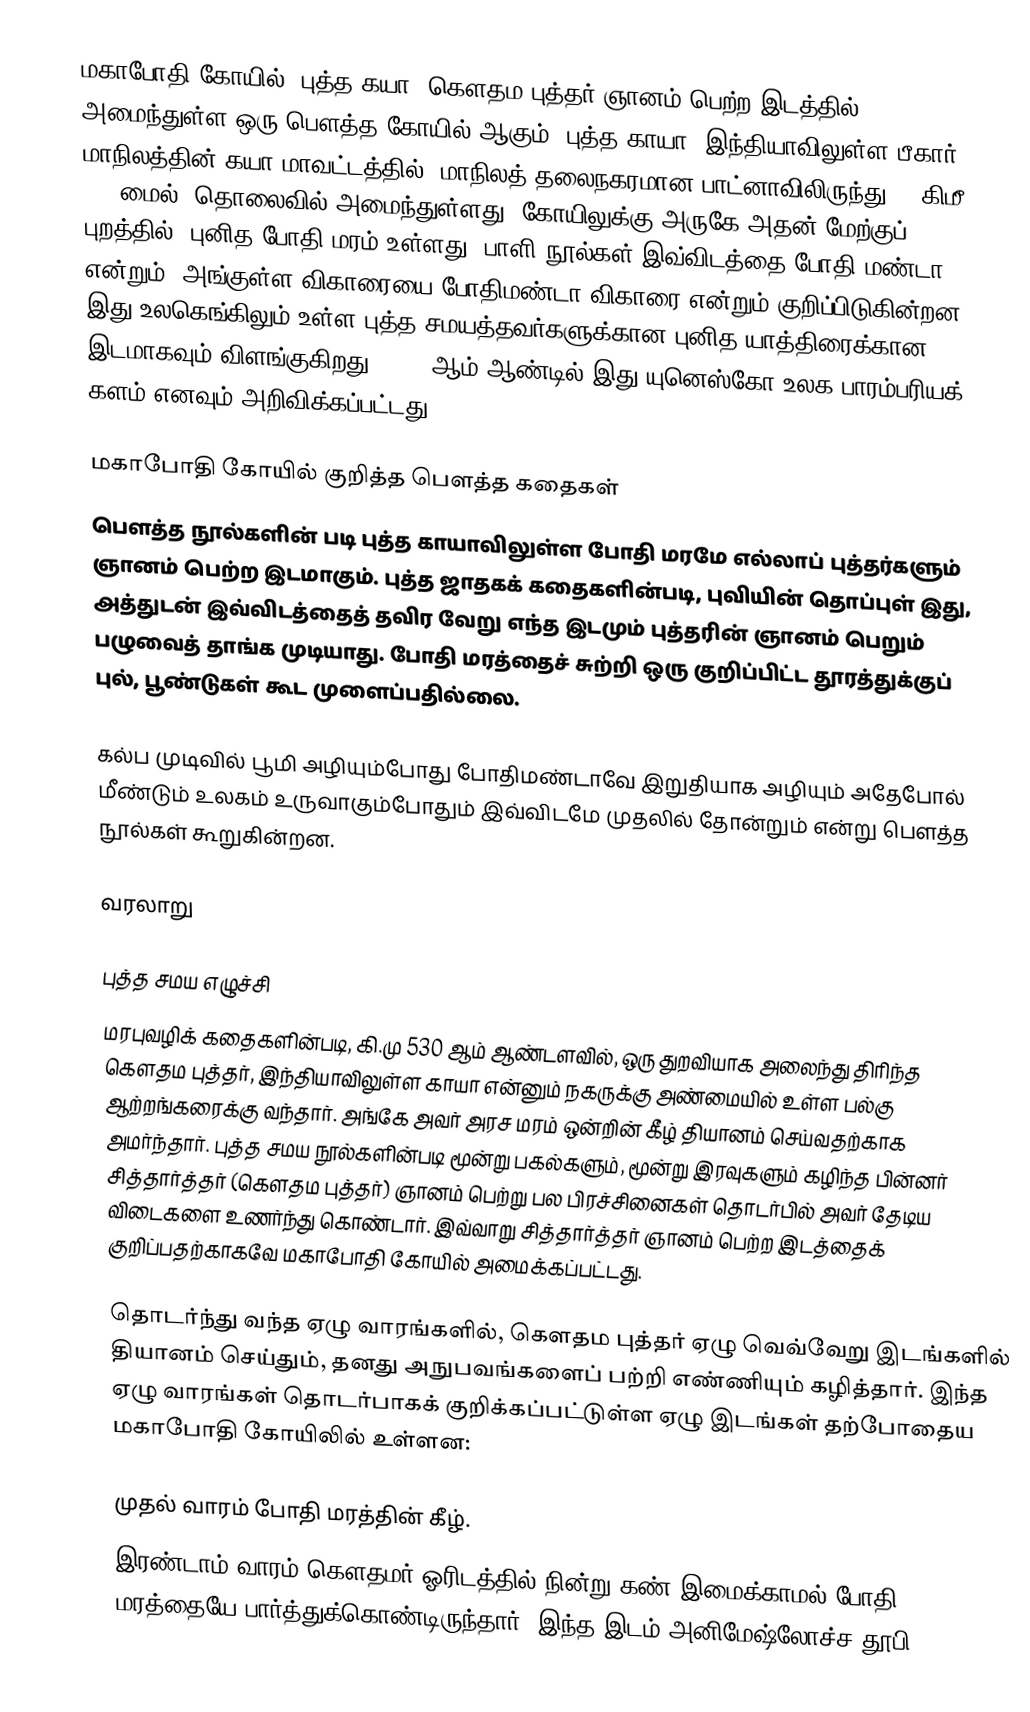
மகாபோதி கோயில், புத்த கயா, கௌதம புத்தர் ஞானம் பெற்ற இடத்தில் அமைந்துள்ள ஒரு பௌத்த கோயில் ஆகும். புத்த காயா, இந்தியாவிலுள்ள பீகார் மாநிலத்தின் கயா மாவட்டத்தில், மாநிலத் தலைநகரமான பாட்னாவிலிருந்து 96 கிமீ (60 மைல்) தொலைவில் அமைந்துள்ளது. கோயிலுக்கு அருகே அதன் மேற்குப் புறத்தில், புனித போதி மரம் உள்ளது. பாளி நூல்கள் இவ்விடத்தை போதி மண்டா என்றும், அங்குள்ள விகாரையை போதிமண்டா விகாரை என்றும் குறிப்பிடுகின்றன. இது உலகெங்கிலும் உள்ள புத்த சமயத்தவர்களுக்கான புனித யாத்திரைக்கான இடமாகவும் விளங்குகிறது. 2002 ஆம் ஆண்டில் இது யுனெஸ்கோ உலக பாரம்பரியக் களம் எனவும் அறிவிக்கப்பட்டது.

மகாபோதி கோயில் குறித்த பௌத்த கதைகள்
பௌத்த நூல்களின் படி புத்த காயாவிலுள்ள போதி மரமே எல்லாப் புத்தர்களும் ஞானம் பெற்ற இடமாகும். புத்த ஜாதகக் கதைகளின்படி, புவியின் தொப்புள் இது, அத்துடன் இவ்விடத்தைத் தவிர வேறு எந்த இடமும் புத்தரின் ஞானம் பெறும் பழுவைத் தாங்க முடியாது. போதி மரத்தைச் சுற்றி ஒரு குறிப்பிட்ட தூரத்துக்குப் புல், பூண்டுகள் கூட முளைப்பதில்லை.

கல்ப முடிவில் பூமி அழியும்போது போதிமண்டாவே இறுதியாக அழியும் அதேபோல் மீண்டும் உலகம் உருவாகும்போதும் இவ்விடமே முதலில் தோன்றும் என்று பௌத்த நூல்கள் கூறுகின்றன.

வரலாறு

புத்த சமய எழுச்சி
மரபுவழிக் கதைகளின்படி, கி.மு 530 ஆம் ஆண்டளவில், ஒரு துறவியாக அலைந்து திரிந்த கௌதம புத்தர், இந்தியாவிலுள்ள காயா என்னும் நகருக்கு அண்மையில் உள்ள பல்கு ஆற்றங்கரைக்கு வந்தார். அங்கே அவர் அரச மரம் ஒன்றின் கீழ் தியானம் செய்வதற்காக அமர்ந்தார். புத்த சமய நூல்களின்படி மூன்று பகல்களும், மூன்று இரவுகளும் கழிந்த பின்னர் சித்தார்த்தர் (கௌதம புத்தர்) ஞானம் பெற்று பல பிரச்சினைகள் தொடர்பில் அவர் தேடிய விடைகளை உணர்ந்து கொண்டார். இவ்வாறு சித்தார்த்தர் ஞானம் பெற்ற இடத்தைக் குறிப்பதற்காகவே மகாபோதி கோயில் அமைக்கப்பட்டது.

தொடர்ந்து வந்த ஏழு வாரங்களில், கௌதம புத்தர் ஏழு வெவ்வேறு இடங்களில் தியானம் செய்தும், தனது அநுபவங்களைப் பற்றி எண்ணியும் கழித்தார். இந்த ஏழு வாரங்கள் தொடர்பாகக் குறிக்கப்பட்டுள்ள ஏழு இடங்கள் தற்போதைய மகாபோதி கோயிலில் உள்ளன:

 முதல் வாரம் போதி மரத்தின் கீழ்.
 இரண்டாம் வாரம் கௌதமர் ஓரிடத்தில் நின்று கண் இமைக்காமல் போதி மரத்தையே பார்த்துக்கொண்டிருந்தார். இந்த இடம் அனிமேஷ்லோச்ச தூபி